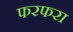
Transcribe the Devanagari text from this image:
फरफरा